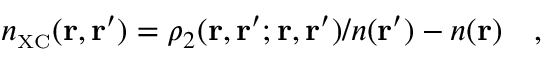
n _ { \scriptscriptstyle \mathrm { X C } } ( { \bf r } , { \bf r } ^ { \prime } ) = \rho _ { 2 } ( { \bf r } , { \bf r } ^ { \prime } ; { \bf r } , { \bf r } ^ { \prime } ) / n ( { \bf r } ^ { \prime } ) - n ( { \bf r } ) \quad ,